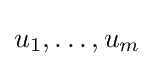
u_{1},\ldots ,u_{m}